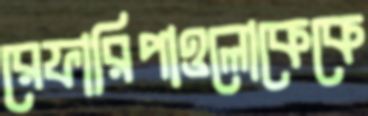
রেফারিপাওলোকেকে